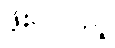
ဖိုးလပြည့်